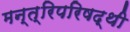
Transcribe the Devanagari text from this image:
मन्त्रिपरिषद्‍थी